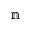
\mathbb { n }